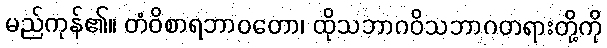
မည်ကုန်၏။ တံဝိစာရဘာဝတော၊ ထိုသဘာဂဝိသဘာဂတရားတို့ကို